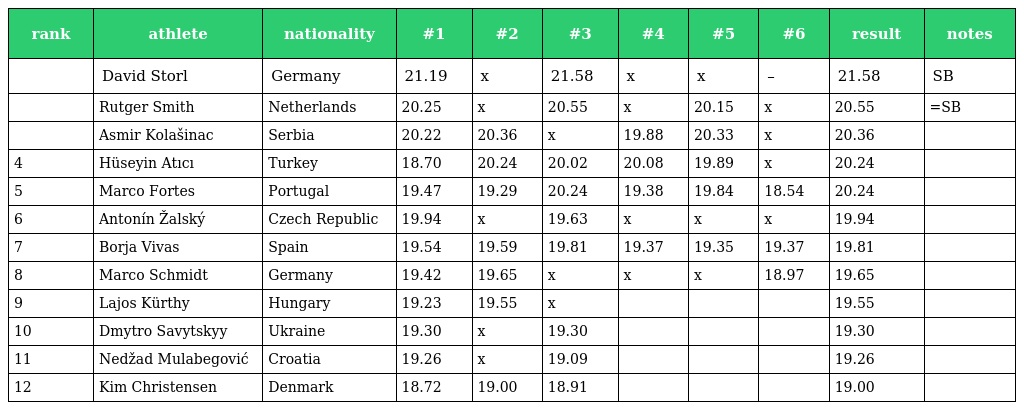
| rank | athlete | nationality | #1 | #2 | #3 | #4 | #5 | #6 | result | notes |
 | --- | --- | --- | --- | --- | --- | --- | --- | --- | --- | --- |
 |  | David Storl | Germany | 21.19 | x | 21.58 | x | x | – | 21.58 | SB |
 |  | Rutger Smith | Netherlands | 20.25 | x | 20.55 | x | 20.15 | x | 20.55 | =SB |
 |  | Asmir Kolašinac | Serbia | 20.22 | 20.36 | x | 19.88 | 20.33 | x | 20.36 |  |
 | 4 | Hüseyin Atıcı | Turkey | 18.70 | 20.24 | 20.02 | 20.08 | 19.89 | x | 20.24 |  |
 | 5 | Marco Fortes | Portugal | 19.47 | 19.29 | 20.24 | 19.38 | 19.84 | 18.54 | 20.24 |  |
 | 6 | Antonín Žalský | Czech Republic | 19.94 | x | 19.63 | x | x | x | 19.94 |  |
 | 7 | Borja Vivas | Spain | 19.54 | 19.59 | 19.81 | 19.37 | 19.35 | 19.37 | 19.81 |  |
 | 8 | Marco Schmidt | Germany | 19.42 | 19.65 | x | x | x | 18.97 | 19.65 |  |
 | 9 | Lajos Kürthy | Hungary | 19.23 | 19.55 | x |  |  |  | 19.55 |  |
 | 10 | Dmytro Savytskyy | Ukraine | 19.30 | x | 19.30 |  |  |  | 19.30 |  |
 | 11 | Nedžad Mulabegović | Croatia | 19.26 | x | 19.09 |  |  |  | 19.26 |  |
 | 12 | Kim Christensen | Denmark | 18.72 | 19.00 | 18.91 |  |  |  | 19.00 |  |